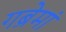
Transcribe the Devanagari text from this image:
गब्रेमां